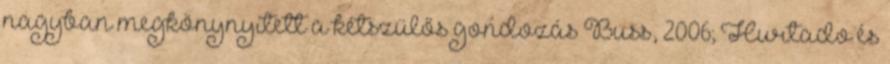
nagyban megkönynyített a kétszülős gondozás Buss, 2006; Hurtado és